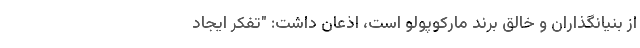
از بنیانگذاران و خالق برند مارکوپولو است، اذعان داشت: "تفکر ایجاد